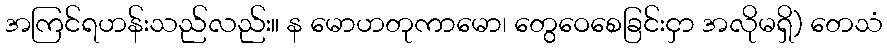
အကြင်ရဟန်းသည်လည်း။ န မောဟတုကာမော၊ တွေဝေစေခြင်းငှာ အလိုမရှိ) တေသံ